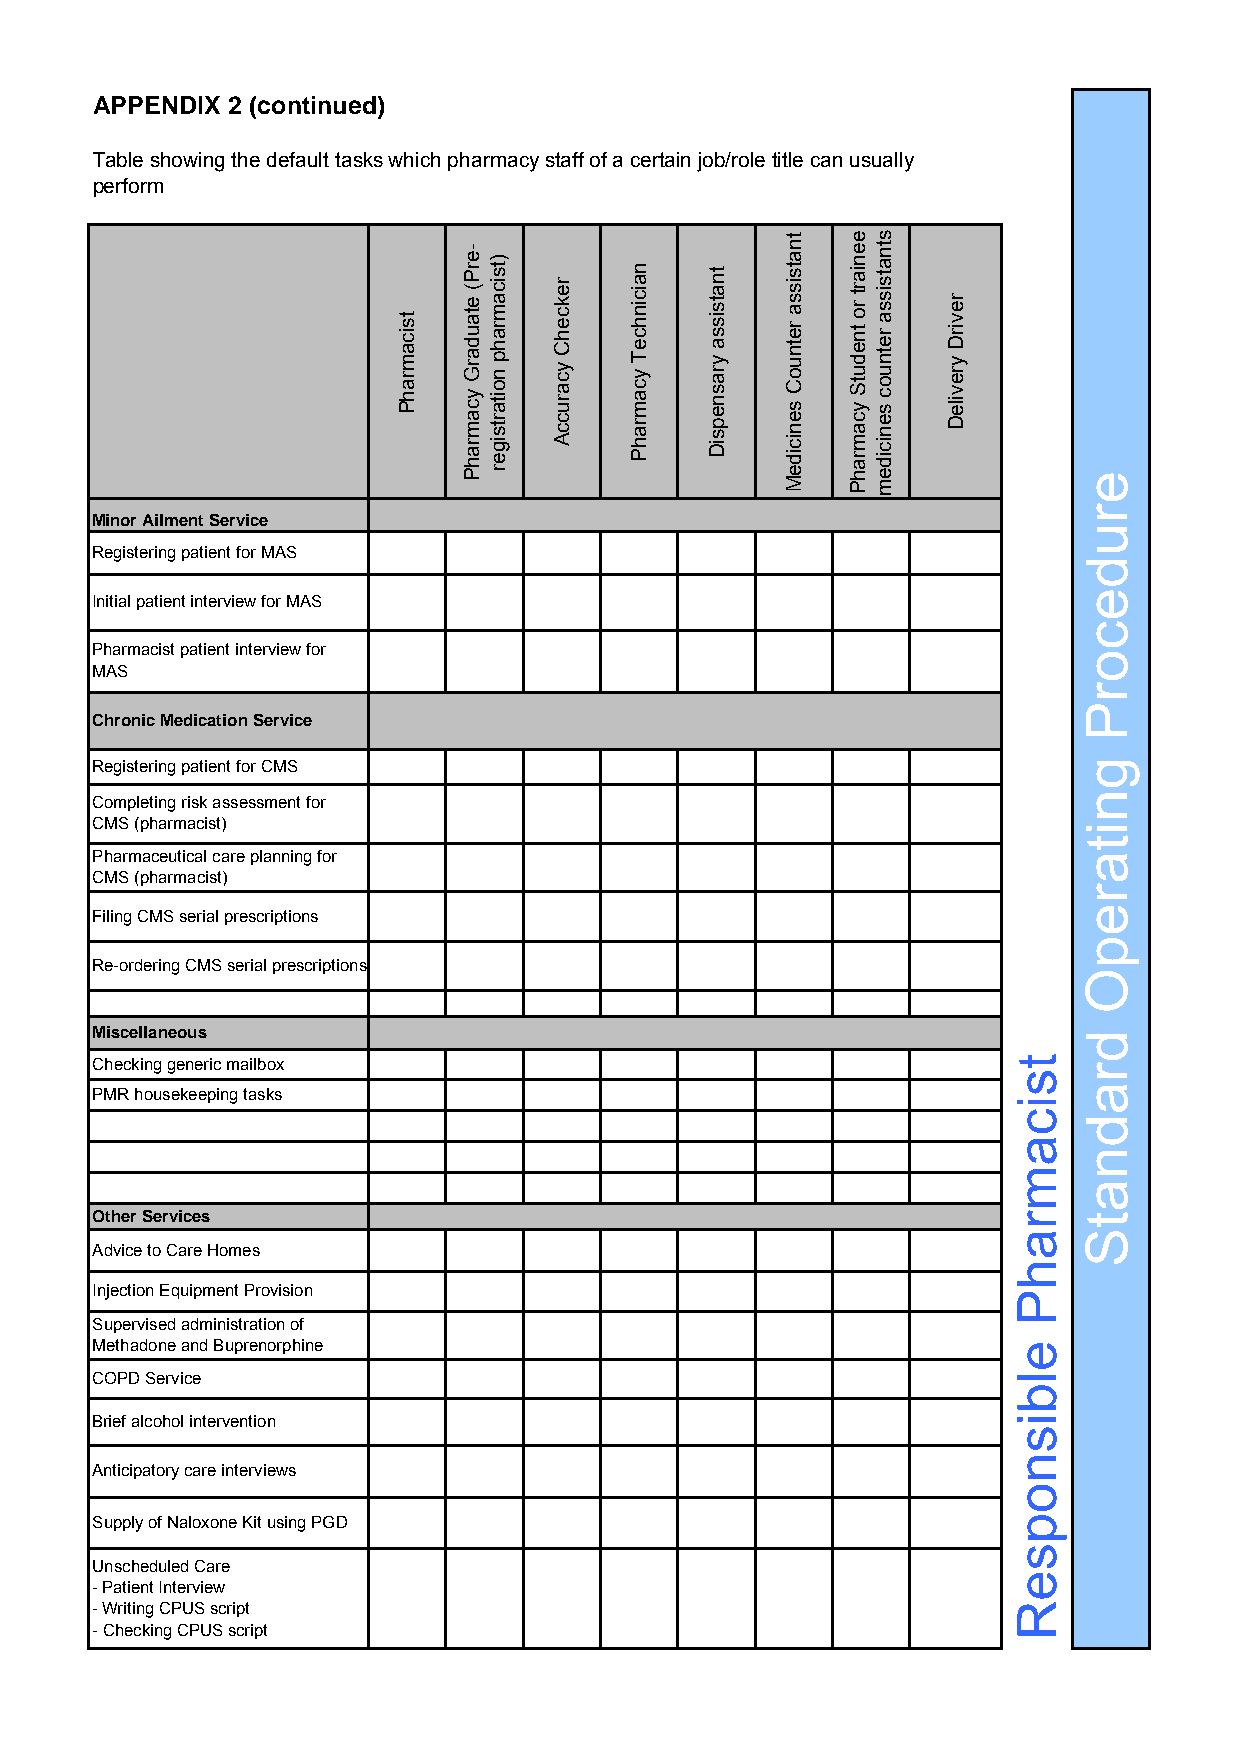
APPENDIX 2 (continued)
 Table showing the default tasks which pharmacy staff of a certain job/role title can usually
 perform
 Minor Ailment Service
 Registering patient for MAS
 Initial patient interview for MAS
 Pharmacist patient interview for
 MAS
 Chronic Medication Service
 Registering patient for CMS
 Completing risk assessment for
 CMS (pharmacist)
 Pharmaceutical care planning for
 CMS (pharmacist)
 Filing CMS serial prescriptions
 Re-ordering CMS serial prescriptions
 Miscellaneous
 Checking generic mailbox
 PMR housekeeping tasks
 Other Services
 Advice to Care Homes
 Injection Equipment Provision
 Supervised administration of
 Methadone and Buprenorphine
 COPD Service
 Brief alcohol intervention
 Anticipatory care interviews
 Supply of Naloxone Kit using PGD
 Unscheduled Care
 - Patient Interview
 - Writing CPUS script
 - Checking CPUS script
 tsicamrahP
 -erP(
 etaudarG
 ycamrahP
 )tsicamrahp
 noitartsiger
 rekcehC
 ycaruccA
 naicinhceT
 ycamrahP
 tnatsissa
 yrasnepsiD
 tnatsissa
 retnuoC
 senicideM
 eeniart
 ro
 tnedutS
 ycamrahP
 stnatsissa
 retnuoc
 senicidem
 revirD
 yrevileD
 tsicamrahP
 elbisnopseR
 erudecorP
 gnitarepO
 dradnatS